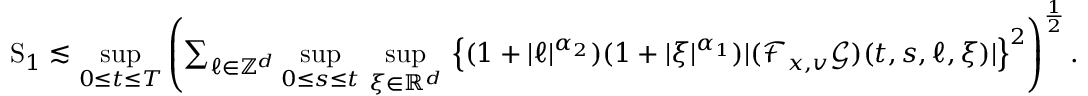
\begin{array} { r } { \mathrm { S } _ { 1 } \lesssim \underset { 0 \leq t \leq T } { \operatorname* { s u p } } \left( \sum _ { \ell \in \mathbb Z ^ { d } } \underset { 0 \leq s \leq t } { \operatorname* { s u p } } \ \underset { \xi \in \mathbb R ^ { d } } { \operatorname* { s u p } } \, \left\lbrace ( 1 + \vert \ell \vert ^ { \alpha _ { 2 } } ) ( 1 + \vert \xi \vert ^ { \alpha _ { 1 } } ) \vert ( \mathcal { F } _ { x , v } \mathcal { G } ) ( t , s , \ell , \xi ) \vert \right\rbrace ^ { 2 } \right) ^ { \frac { 1 } { 2 } } . } \end{array}